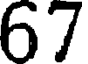
67